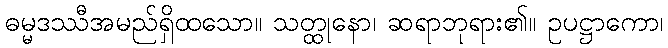
ဓမ္မဒဿီအမည်ရှိထသော။ သတ္ထုနော၊ ဆရာဘုရား၏။ ဥပဋ္ဌာကော၊